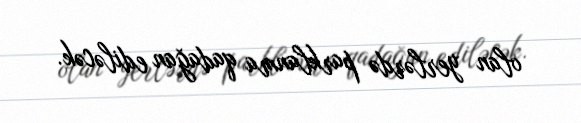
olan yerlərdə parklanma qadağan ediləcək.